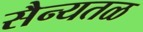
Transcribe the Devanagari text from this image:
सैन्यतळ